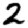
Digit: 2